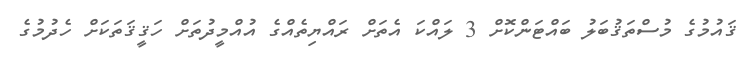
ޤައުމުގެ މުސްތަޤުބަލު ބައްޓަންކޮށް 3 ލައްކަ އެތަށް ރައްޔިތެއްގެ އުއްމީދުތަށް ހަޤީޤަތަކަށް ހެދުމުގެ